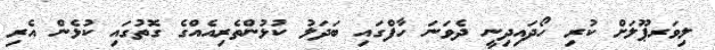
ލިވަރޕޫލަށް ކުރި ހޯދައިދިނީ ދެވަނަ ހާފްގައި ބަދަލު ކުޅުންތެރިއެއްގެ ގޮތުގައި ކުޅެން އެރި